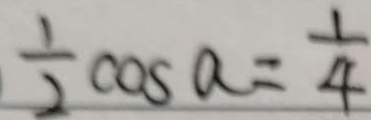
\frac { 1 } { 2 } \cos a = \frac { 1 } { 4 }